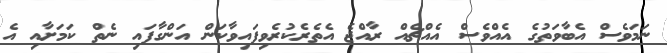
ނަމަވެސް އެބާވަތުގެ އެއްވެސް އެއްޗެއް ރާއްޖެ އެތެރެކުރެވިފައިވާކަން އަންގާފައި ނެތް ކަމަށާއި އެ